Subject: math
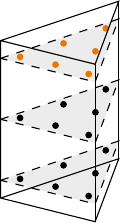
LaTeX code:
\begin{tikzpicture}[x = {(0.75cm,0.25cm)}, y={(0.6cm,-0.15cm)}, z={(0cm,1cm)},]
\draw plot [mark=*, mark size=1] coordinates{(-0.81684757298044, 0.63369514596088, -0.7745966692414834)};
\draw plot [mark=*, mark size=1] coordinates{(0.63369514596088, -0.81684757298044, -0.7745966692414834)};
\draw plot [mark=*, mark size=1] coordinates{(-0.81684757298044, -0.81684757298044, -0.7745966692414834)};
\draw plot [mark=*, mark size=1] coordinates{(-0.108103018168072, -0.783793963663856, -0.7745966692414834)};
\draw plot [mark=*, mark size=1] coordinates{(-0.783793963663856, -0.108103018168072, -0.7745966692414834)};
\draw plot [mark=*, mark size=1] coordinates{(-0.108103018168072, -0.108103018168072, -0.7745966692414834)};
\draw plot [mark=*, mark size=1] coordinates{(-0.81684757298044, 0.63369514596088, 0.0)};
\draw plot [mark=*, mark size=1] coordinates{(0.63369514596088, -0.81684757298044, 0.0)};
\draw plot [mark=*, mark size=1] coordinates{(-0.81684757298044, -0.81684757298044, 0.0)};
\draw plot [mark=*, mark size=1] coordinates{(-0.108103018168072, -0.783793963663856, 0.0)};
\draw plot [mark=*, mark size=1] coordinates{(-0.783793963663856, -0.108103018168072, 0.0)};
\draw plot [mark=*, mark size=1] coordinates{(-0.108103018168072, -0.108103018168072, 0.0)};
\draw [color=orange] plot [mark=*, mark size=1] coordinates{(-0.81684757298044, 0.63369514596088, 0.7745966692414834)};
\draw [color=orange] plot [mark=*, mark size=1] coordinates{(0.63369514596088, -0.81684757298044, 0.7745966692414834)};
\draw [color=orange] plot [mark=*, mark size=1] coordinates{(-0.81684757298044, -0.81684757298044, 0.7745966692414834)};
\draw [color=orange] plot [mark=*, mark size=1] coordinates{(-0.108103018168072, -0.783793963663856, 0.7745966692414834)};
\draw [color=orange] plot [mark=*, mark size=1] coordinates{(-0.783793963663856, -0.108103018168072, 0.7745966692414834)};
\draw [color=orange] plot [mark=*, mark size=1] coordinates{(-0.108103018168072, -0.108103018168072, 0.7745966692414834)};
\path (-1,-1,-1) coordinate (A) (1,-1,-1) coordinate (B) (-1,1,-1) coordinate (C); % (0,0,0) coordinate (D) (0,\z,\y) coordinate (E) (\x,\z,\y) coordinate (F) (\x,\z,0) coordinate (G) (0,\z,0) coordinate (H);
\path (-1,-1,1) coordinate (D) (1,-1,1) coordinate (E) (-1,1,1) coordinate (F);
\draw (A)--(B)--(C)--(A)--(D)--(E)--(F)--(D);
\draw (B)--(E);
\draw (C)--(F);
\foreach \z in {-0.7745966692414834,0,0.7745966692414834}{
\draw [dashed, black, fill=black, fill opacity=0.075] (-1,-1,\z)--(1,-1,\z)--(-1,1,\z)--(-1,-1,\z);
}
\end{tikzpicture}